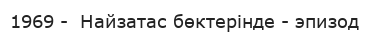
1969 -  Найзатас бөктерінде - эпизод